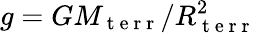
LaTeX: g=GM_{\mathrm{~t~e~r~r~}}/R_{\mathrm{~t~e~r~r~}}^{2}